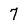
Character: 7